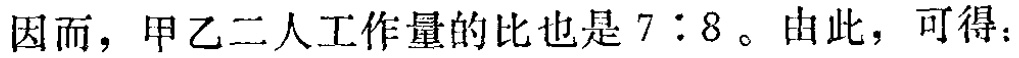
因而，甲乙二人工作量的比也是 \(7:8\)。由此，可得：